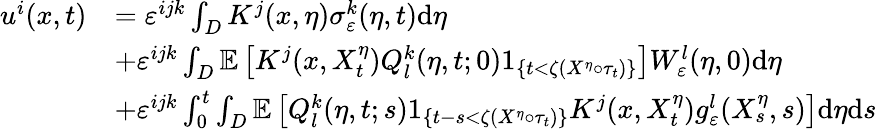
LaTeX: \begin{array}{rl}{u^{i}(x,t)}&{=\varepsilon^{ijk}\int_{D}K^{j}(x,\eta)\sigma_{\varepsilon}^{k}(\eta,t)\textrm{d}\eta}\\ &{+\varepsilon^{ijk}\int_{D}\mathbb{E}\left[K^{j}(x,X_{t}^{\eta})Q_{l}^{k}(\eta,t;0)1_{\{ t<\zeta(X^{\eta}\circ\tau_{t})\} }\right]W_{\varepsilon}^{l}(\eta,0)\textrm{d}\eta}\\ &{+\varepsilon^{ijk}\int_{0}^{t}\int_{D}\mathbb{E}\left[Q_{l}^{k}(\eta,t;s)1_{\{ t-s<\zeta(X^{\eta}\circ\tau_{t})\} }K^{j}(x,X_{t}^{\eta})g_{\varepsilon}^{l}(X_{s}^{\eta},s)\right]\textrm{d}\eta\textrm{d}s}\end{array}